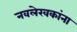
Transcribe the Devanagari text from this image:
नवलेखकांना